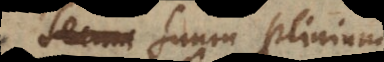
secula suum Plinium